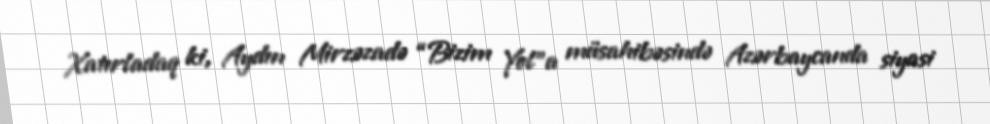
Xatırladaq ki, Aydın Mirzəzadə “Bizim Yol”a müsahibəsində Azərbaycanda siyasi